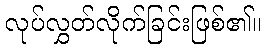
လုပ်လွှတ်လိုက်ခြင်းဖြစ်၏။